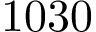
1 0 3 0